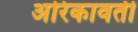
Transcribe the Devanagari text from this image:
अरिकावती